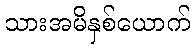
သားအမိနှစ်ယောက်